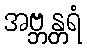
အဗ္ဘန္တရံ